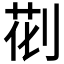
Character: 𠝐